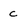
Character: c